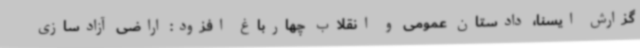
گزارش ایسنا، دادستان عمومی و انقلاب چهارباغ افزود: اراضی آزادسازی